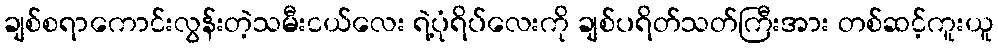
ချစ်စရာကောင်းလွန်းတဲ့သမီးငယ်လေး ရဲ့ပုံရိပ်လေးကို ချစ်ပရိတ်သတ်ကြီးအား တစ်ဆင့်ကူးယူ